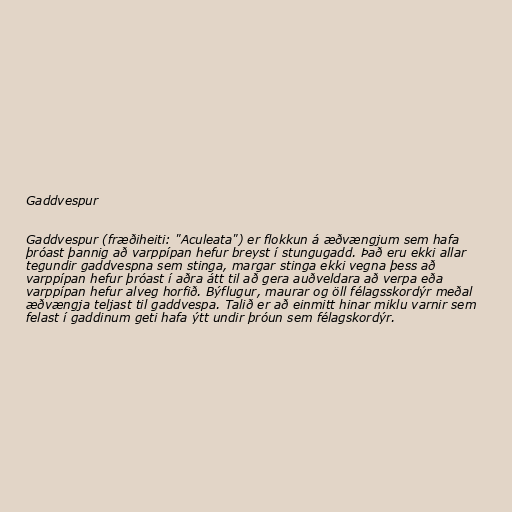
Gaddvespur

Gaddvespur (fræðiheiti: "Aculeata") er flokkun á æðvængjum sem hafa
þróast þannig að varppípan hefur breyst í stungugadd. Það eru ekki allar
tegundir gaddvespna sem stinga, margar stinga ekki vegna þess að
varppípan hefur þróast í aðra átt til að gera auðveldara að verpa eða
varppípan hefur alveg horfið. Býflugur, maurar og öll félagsskordýr meðal
æðvængja teljast til gaddvespa. Talið er að einmitt hinar miklu varnir sem
felast í gaddinum geti hafa ýtt undir þróun sem félagskordýr.